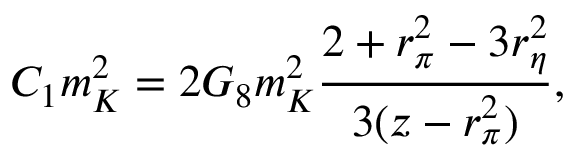
C _ { 1 } m _ { K } ^ { 2 } = { 2 G _ { 8 } m _ { K } ^ { 2 } } { \frac { 2 + r _ { \pi } ^ { 2 } - 3 r _ { \eta } ^ { 2 } } { 3 ( z - r _ { \pi } ^ { 2 } ) } } ,